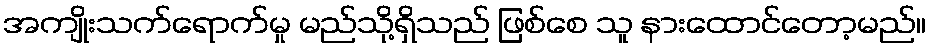
အကျိုးသက်ရောက်မှု မည်သို့ရှိသည် ဖြစ်စေ သူ နားထောင်တော့မည်။